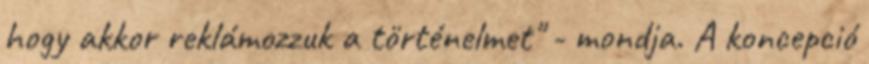
hogy akkor reklámozzuk a történelmet" - mondja. A koncepció